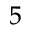
^ 5